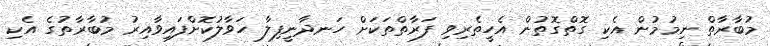
މުބާރާތް ނިމުމުން އެކި ގޮތްގޮތުން އެހީތެރިވި ފަރާތްތަކަށް ހަނދާނީފިލާ ހަވާލުކޮށްފައިވާއިރު މުބާރާތުގެ އެކި